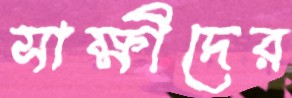
সাক্ষীদের